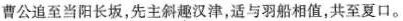
曹公追至当阳长坂，先主斜趣汉津，适与羽船相值，共至夏口。